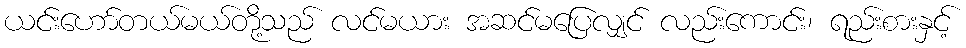
ယင်းဟော်တယ်မယ်တို့သည် လင်မယား အဆင်မပြေလျှင် လည်းကောင်း၊ ရည်းစားနှင့်